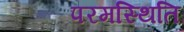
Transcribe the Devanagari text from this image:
परमस्थिति